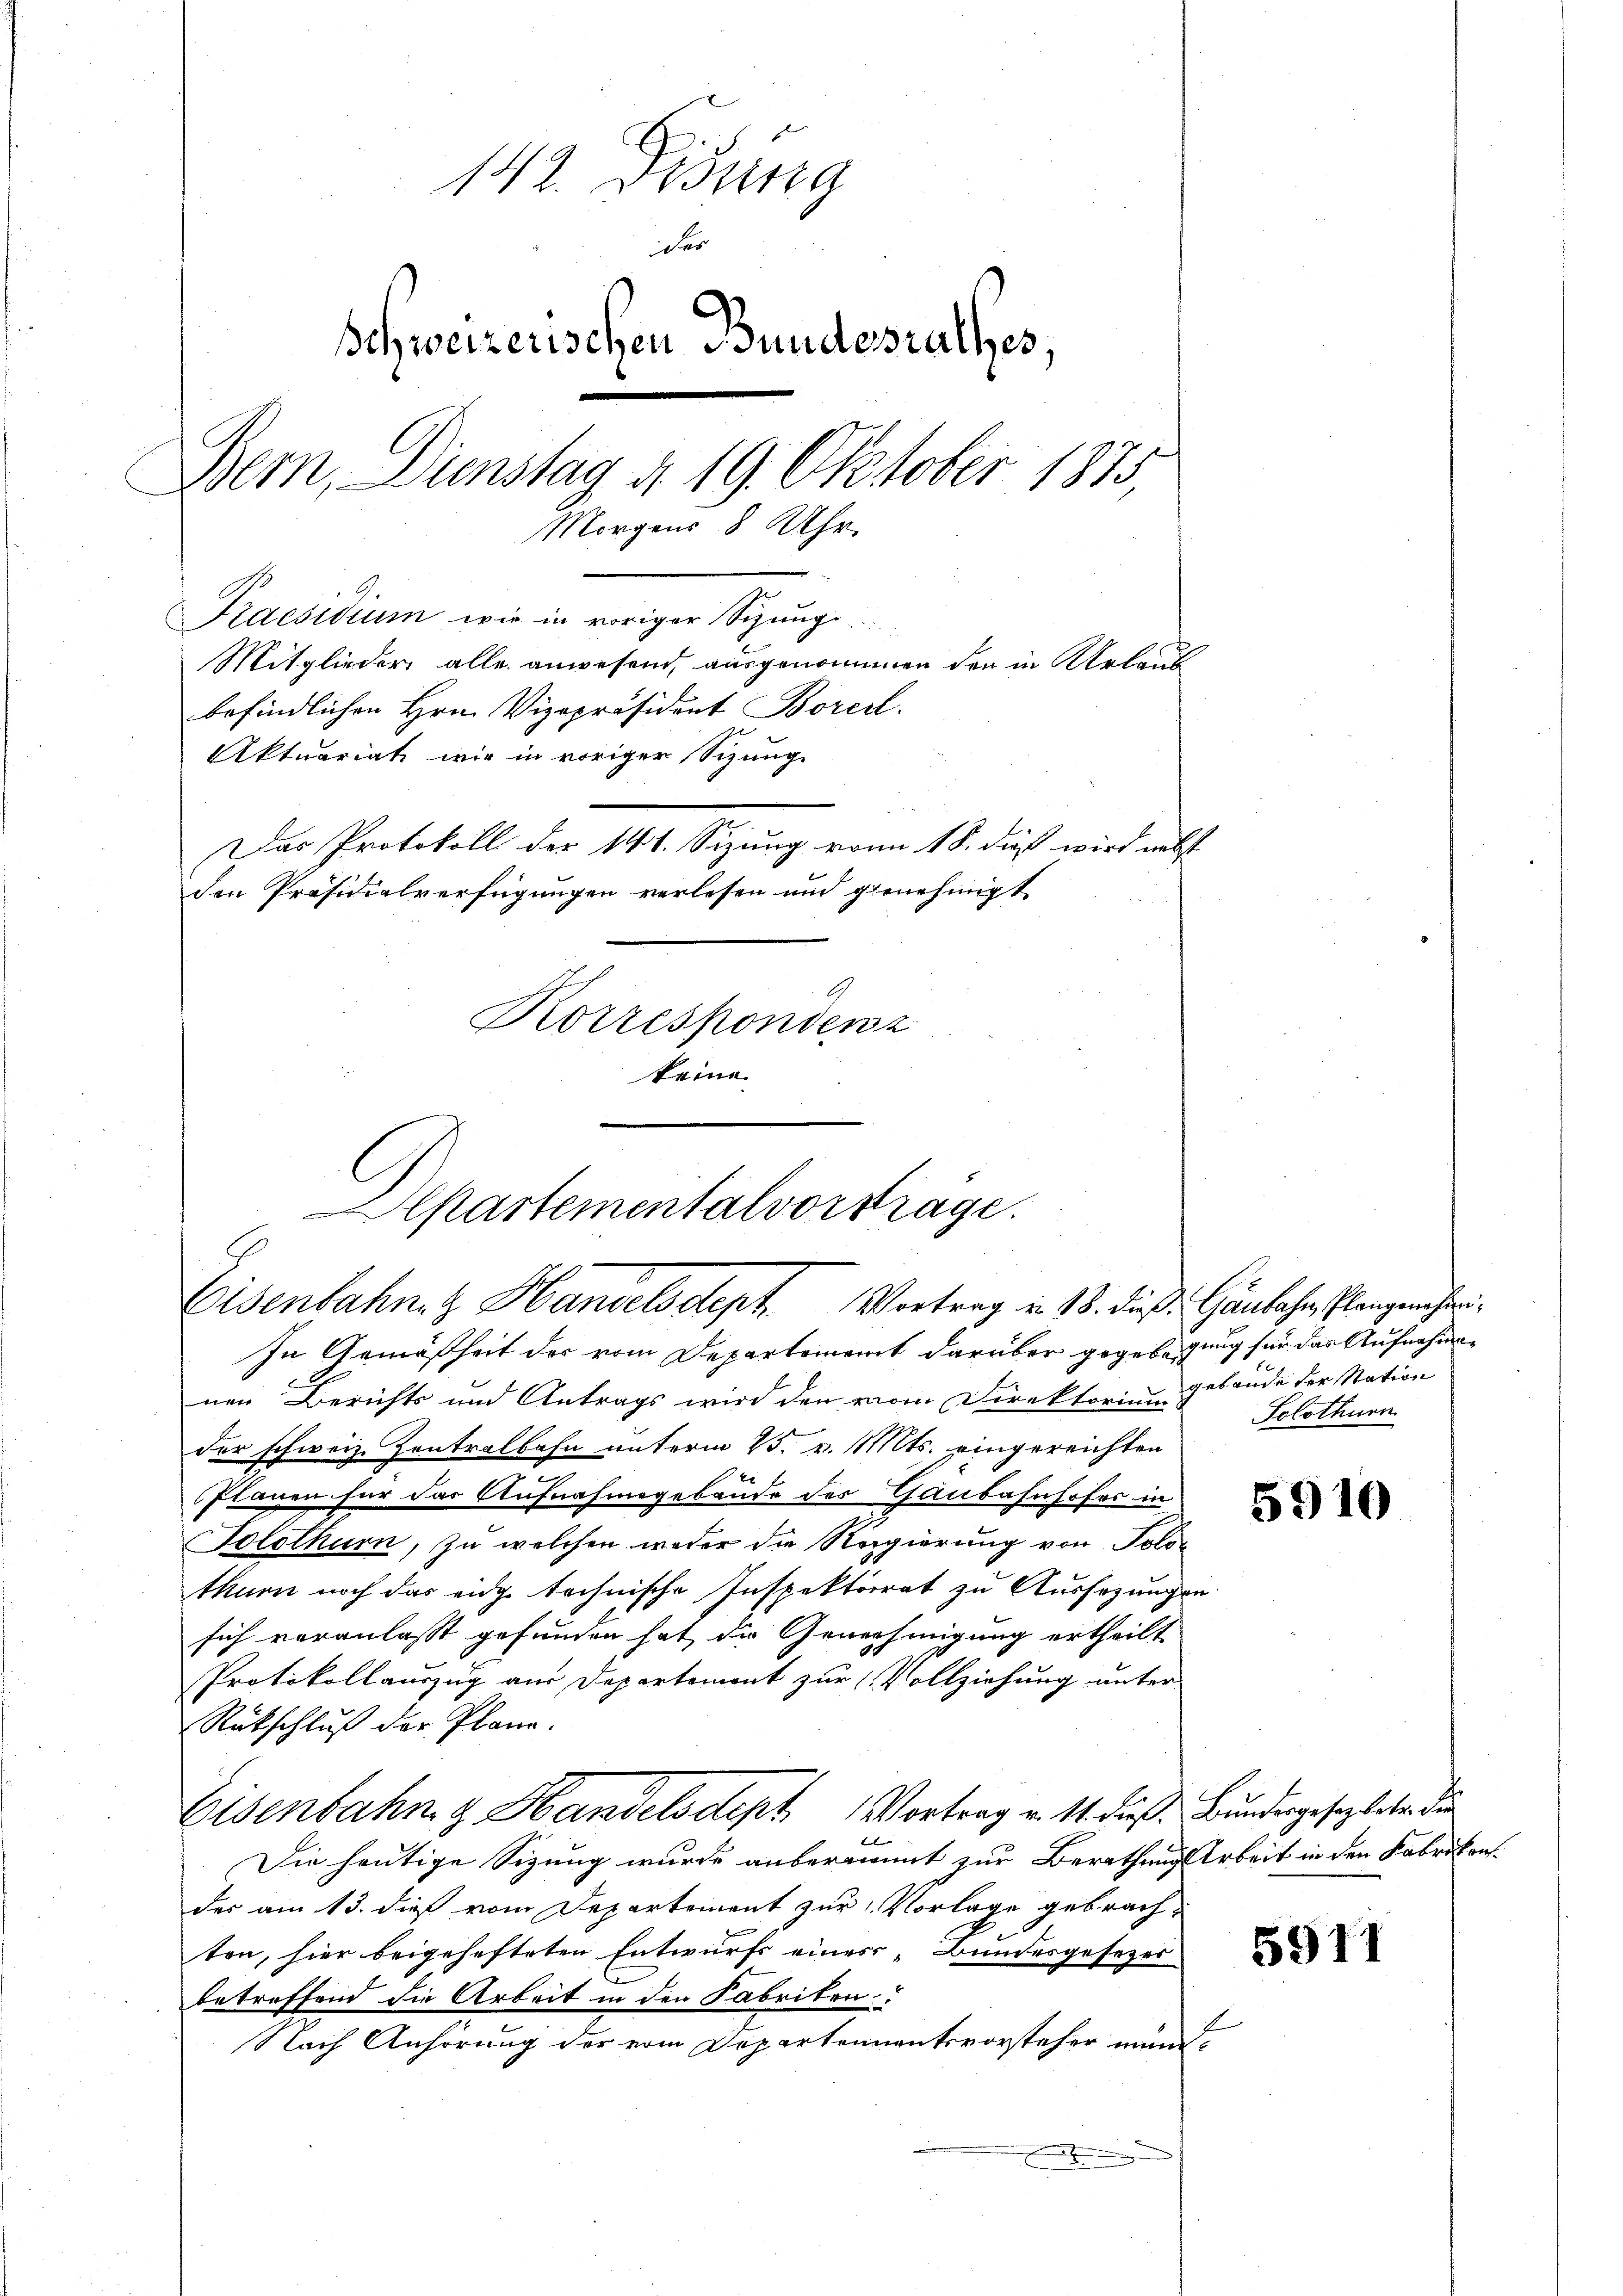
142. Disung
der
Schweizerischen Bundesrathes,
Bern, Dienstag d. 19. Oktober 1875,
Morgens 8 Uhr.
Praesidium wie in voriger Sitzung.
Mitglieder alle anwesend, ausgenommen den in Urlaub
befindlichen Hrn. Vizepräsident Borcel.
Aktuariat wie in voriger Sitzung
Das Protokoll der 141. Sizung von 18. dieß wird nebst
den Präsidialverfügungen verlesen und genehmigt
Korrespondenz
keine

Apartementalvorträge.
Eisenbahn. Handelsdept Vortrag in 18. dieß: Ganbahn Plangenehmi¬

In Gemäßheit des vom Departement darüber gegebung für das Aufnahmenen Berichts und Antrags wird den vom Direktorium d. Lände der Nation
der schweiz. Zentralbahn unterm 25. v. Mts. eingereichten
Planen für das Aufnahmegebäude des Ganbahnhofer in
Solothurn, zu welchen weder die Regierung von Poliz
thurn noch das eidge technische Inspektorrat zu Aussezungen
sich veranlaßt gefunden hat die Genehmigung ertheilt
Protokollauszug aus Departement zur Vollziehung unter
Rückschluß der Plane.
Eisenbahng Handelsdept Vortrag v. 11. dieß. Bundergesezteten die
u
Die heutige Sizung wurde anbernannt zur Berathung Arbeit in den Fabrikon.
des am 13. dieß vom Departement zur Vorlage gebrachten, hier beigehefteten Entwurfs eines „Bundesgesezes
betreffend die Arbeit in den Fabriten
Nach Anhörung der vom Departennentsvorsteher mundt

Solothurn

5910

5917